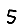
Digit: 5